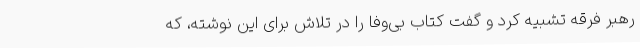
رهبر فرقه تشبیه کرد و گفت کتاب بی‌وفا را در تلاش برای این نوشته، که